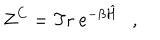
LaTeX: Z ^ { C } = \mathrm { T r } ~ e ^ { - \beta \hat { \cal H } } ,